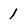
Character: 1